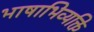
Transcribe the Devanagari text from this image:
भाषाभिव्यक्ति